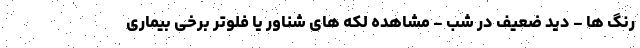
رنگ ها - دید ضعیف در شب - مشاهده لکه های شناور یا فلوتر برخی بیماری